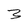
Character: Z